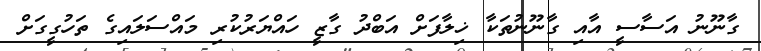
ގާނޫނު އަސާސީ އާއި ގާނޫނުތަކާ ޚިލާފަށް އަބްދު ގާޒީ ހައްޔަރުކުރި މައްސަލައިގެ ތަހުގީގަށް